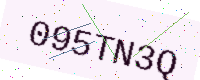
Text: 095TN3Q